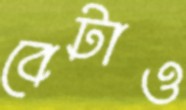
বেটাও